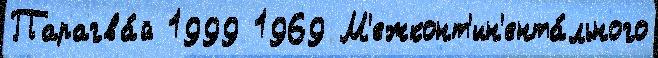
Парагва́й 1999 1969 М'ежконт'ин'ента́льного